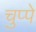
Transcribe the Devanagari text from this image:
चुप्पे